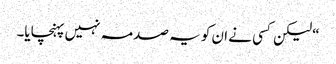
“ لیکن کسی نے ان کو یہ صدمہ نہیں پہنچایا۔